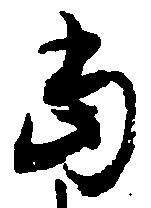
当